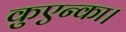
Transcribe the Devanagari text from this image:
कुएन्का।